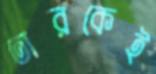
তারকেই